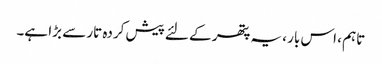
تاہم ، اس بار ، یہ پتھر کے لئے پیش کردہ تار سے بڑا ہے۔